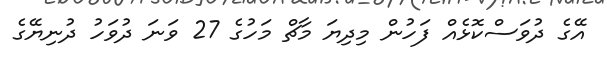
އޭގެ ދުވަސްކޮޅެއް ފަހުން މިދިޔަ މާޗް މަހުގެ 27 ވަނަ ދުވަހު ދުނިޔޭގެ